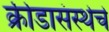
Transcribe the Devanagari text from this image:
क्रीडासंस्थेचे